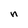
Character: n